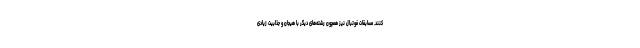
کنند. مسابقات فوتبال نیز همچون رشته‌های دیگر با هیجان و جذابیت زیادی